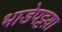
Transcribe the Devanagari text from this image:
भाडेपट्टय़ा